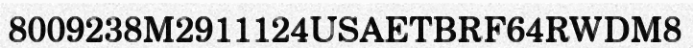
8009238M2911124USAETBRF64RWDM8